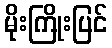
မိုးကြိုးပြင်